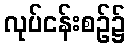
လုပ်ငန်းစဉ်၌